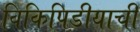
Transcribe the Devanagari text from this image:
विकिपिडीयाची